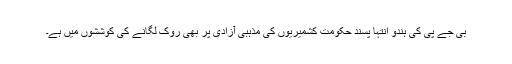
بی جے پی کی ہندو انتہا پسند حکومت کشمیریوں کی مذہبی آزادی پر بھی روک لگانے کی کوششوں میں ہے۔